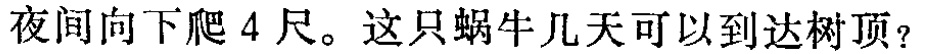
夜间向下爬 4 尺。这只蜗牛几天可以到达树顶？